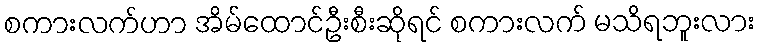
စကားလက်ဟာ အိမ်ထောင်ဦးစီးဆိုရင် စကားလက် မသိရဘူးလား